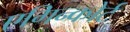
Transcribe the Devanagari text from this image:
एगिन्कोर्ट